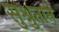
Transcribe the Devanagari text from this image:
सुश्रुताने